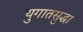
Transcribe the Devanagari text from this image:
युगातसुद्धा